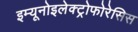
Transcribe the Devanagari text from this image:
इम्यूनोइलेक्ट्रोफोरेसिस